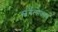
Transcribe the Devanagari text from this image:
स्वर्गलोकाय